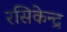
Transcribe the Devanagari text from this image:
रसिकेन्द्र